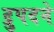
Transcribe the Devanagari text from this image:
द्रुपदने